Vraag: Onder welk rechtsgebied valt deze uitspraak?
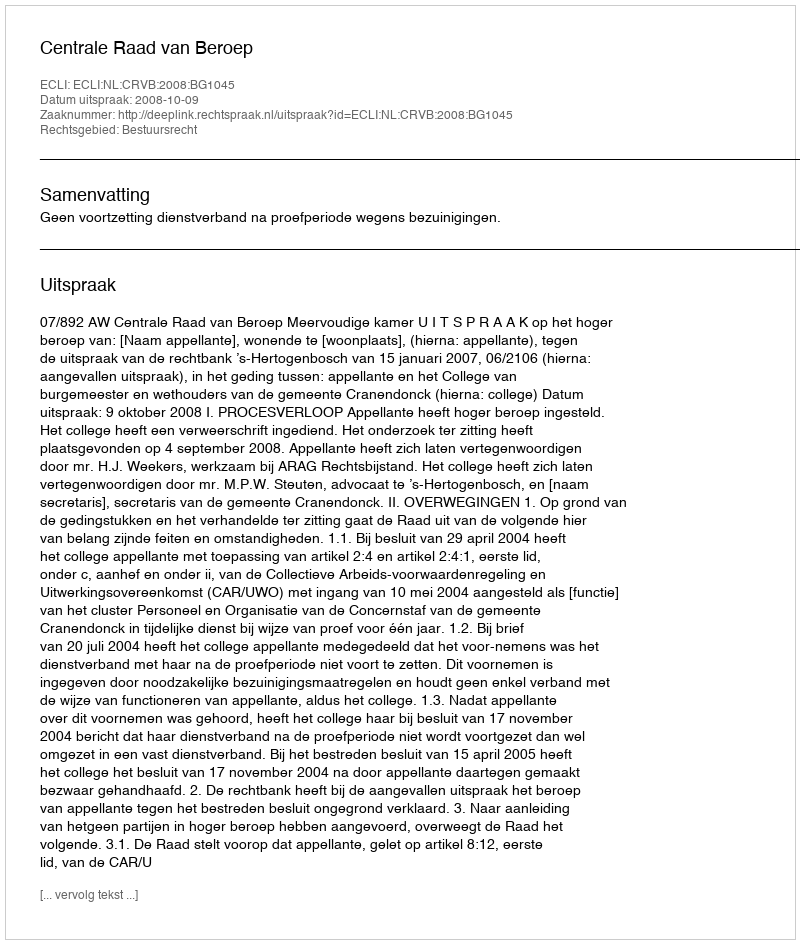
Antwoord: Bestuursrecht